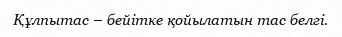
Құлпытас – бейітке қойылатын тас белгі.